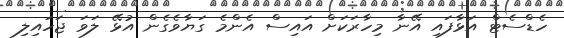
ހެޑްސެޓް އަޅާފައި އޭނާ މިހާރަކަށް އައިސް އެންމެ ގަޔާވެގެން އުޅޭ ލަވަ ޖަހައިލި